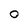
Character: 0